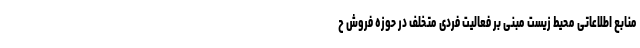
منابع اطلاعاتی محیط زیست مبنی بر فعالیت فردی متخلف در حوزه فروش ح